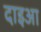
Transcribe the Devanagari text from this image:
दाइआ